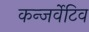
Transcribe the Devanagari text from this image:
कन्जर्वेटिव